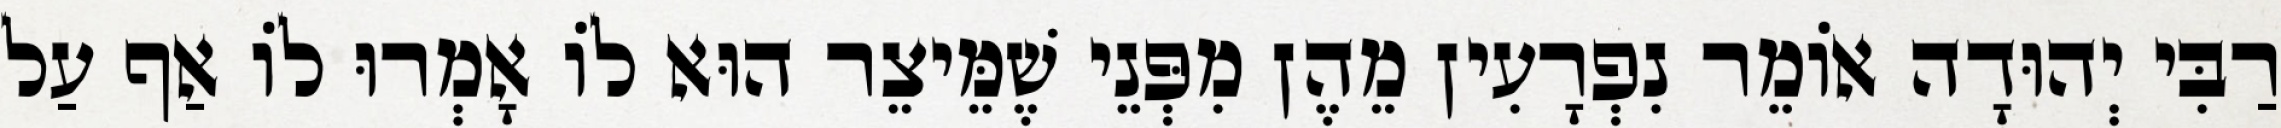
רַבִּי יְהוּדָה אוֹמֵר נִפְרָעִין מֵהֶן מִפְּנֵי שֶׁמֵּיצֵר הוּא לוֹ אָמְרוּ לוֹ אַף עַל